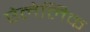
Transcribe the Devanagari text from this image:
ऐलेलिक